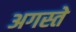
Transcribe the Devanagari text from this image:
अगस्ते